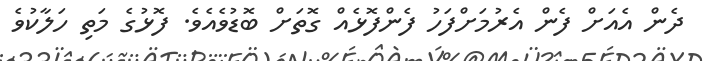
ދެން އެއަށް ފެން އެރުމަށްފަހު ފެންފޮޅެއް ގޮތަށް ބޮޑުވެއެވެ. ފޮޅުގެ މަތި ހަލާކުވެ